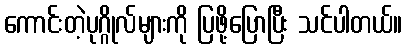
ကောင်းတဲ့ပုဂ္ဂိုလ်များကို ပြဖို့ပြောပြီး သင်ပါတယ်။